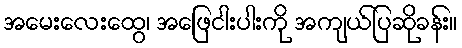
အမေးလေးထွေ၊ အဖြေငါးပါးကို အကျယ်ပြဆိုခန်း။